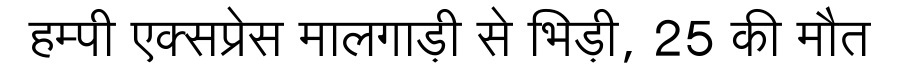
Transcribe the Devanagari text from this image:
हम्पी एक्सप्रेस मालगाड़ी से भिड़ी, 25 की मौत